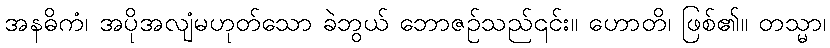
အနဓိကံ၊ အပိုအလျံမဟုတ်သော ခဲဘွယ် ဘောဇဉ်သည်၎င်း။ ဟောတိ၊ ဖြစ်၏။ တသ္မာ၊